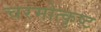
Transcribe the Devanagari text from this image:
चरमोत्कृष्ट